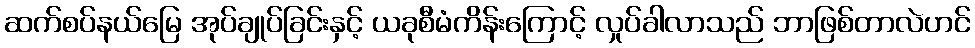
ဆက်စပ်နယ်မြေ အုပ်ချုပ်ခြင်းနှင့် ယခုစီမံကိန်းကြောင့် လှုပ်ခါလာသည် ဘာဖြစ်တာလဲဟင်